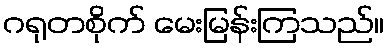
ဂရုတစိုက် မေးမြန်းကြသည်။